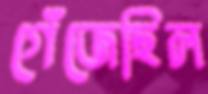
গেঁজেছিল